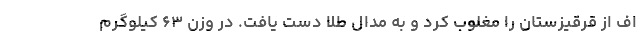
اف از قرقیزستان را مغلوب کرد و به مدال طلا دست یافت. در وزن ۶۳ کیلوگرم